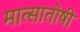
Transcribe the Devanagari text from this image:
मात्सातोषी